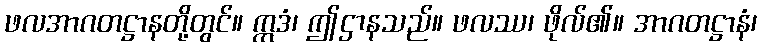
ဖလအာဂတဋ္ဌာနတို့တွင်။ ဣဒံ၊ ဤဌာနသည်။ ဖလဿ၊ ဖိုလ်၏။ အာဂတဋ္ဌာနံ၊